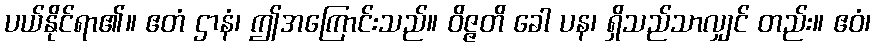
ပယ်နိုင်ရာ၏။ ဧတံ ဌာနံ၊ ဤအကြောင်းသည်။ ဝိဇ္ဇတိ ခေါ ပန၊ ရှိသည်သာလျှင် တည်း။ ဧဝံ၊